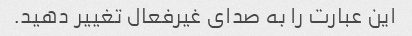
این عبارت را به صدای غیرفعال تغییر دهید.